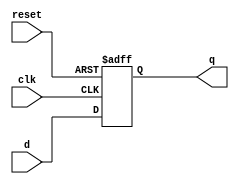
module d_flip_flop (
    input wire clk,
    input wire reset,
    input wire d,
    output reg q
);

always @(posedge clk or posedge reset) begin
    if (reset) begin
        q <= 1'b0; //reset the output to 0
    end else begin
        q <= d; //capture the input signal at clock edge
    end
end

endmodule